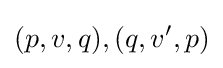
(p,v,q),(q,v',p)